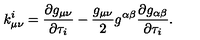
k _ { \mu \nu } ^ { i } = \frac { \partial g _ { \mu \nu } } { \partial \tau _ { i } } - \frac { g _ { \mu \nu } } { 2 } g ^ { \alpha \beta } \frac { \partial g _ { \alpha \beta } } { \partial \tau _ { i } } .